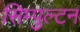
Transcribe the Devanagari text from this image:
सिम्पुल्टन